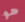
هو